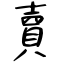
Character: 𧶠